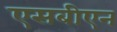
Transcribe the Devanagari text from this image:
एसबीएन